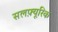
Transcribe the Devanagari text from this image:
सलफ़्यूरिक